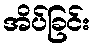
အိပ်ခြင်း